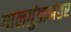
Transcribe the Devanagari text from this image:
गालगुंडानंतर